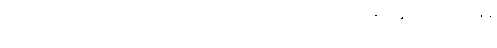
အဒ္ဒဿ သိက္ခာကောဋ္ဌာသော သတိဝိပ္ပဝါသလက္ခဏေန ဩကပ္ပေယျုန္တိ လဉ္ဇကော အာယန္တိန္တိ